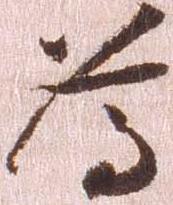
為